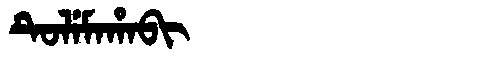
Manchu: ᡨᡠᠯᡝᠮᠠᡥᠠᠪᡳ
Romanization: TULEMAHABI